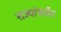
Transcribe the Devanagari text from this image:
राज्यांपर्यंत